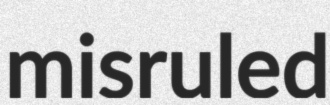
misruled